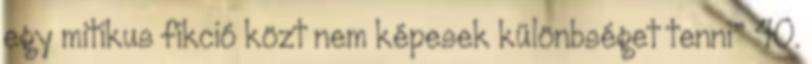
egy mitikus fikció közt nem képesek különbséget tenni” 40.